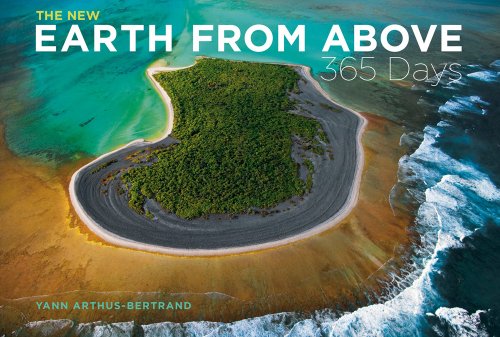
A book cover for The New Earth from Above: 365 Days: Revised Edition; Yann Arthus-Bertrand; Arts & Photography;